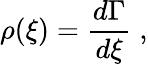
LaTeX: \rho(\xi)=\frac{d\Gamma}{d\xi}\; ,